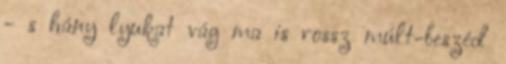
- s hány lyukat vág ma is rossz múlt-beszéd